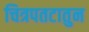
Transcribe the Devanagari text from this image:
चित्रपतटातुन